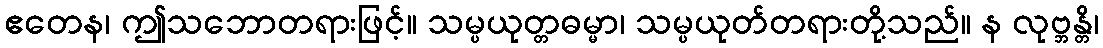
ဧတေန၊ ဤသဘောတရားဖြင့်။ သမ္ပယုတ္တဓမ္မာ၊ သမ္ပယုတ်တရားတို့သည်။ န လုဗ္ဘန္တိ၊